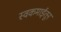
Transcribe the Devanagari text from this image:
स्वकमाईतून